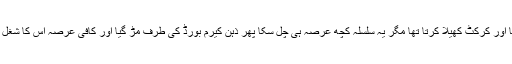
میں بھی ان میں سے ایک ٹیم کا حصہ تھا اور کرکٹ کھیلا کرتا تھا مگر یہ سلسلہ کچھ عرصہ ہی چل سکا پھر ذہن کیرم بورڈ کی طرف مڑ گیا اور کافی عرصہ اس کا شغل رہا، اس کے بعد چند سال لڈو بھی کھیلی۔